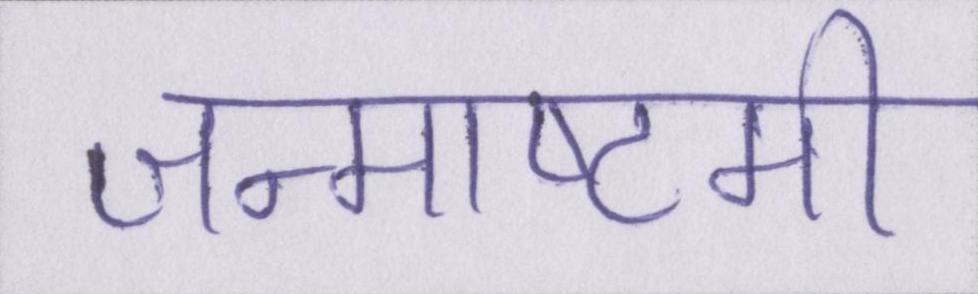
जन्माष्टमी